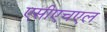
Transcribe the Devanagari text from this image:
एसीएचएल